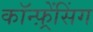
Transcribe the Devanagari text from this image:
कॉन्फ़्रेंसिंग